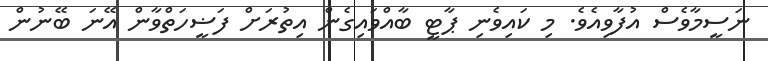
ނަސީމާވެސް އުފާވިއެވެ. މި ކައިވެނި ޕާޓީ ބާއްވައިގެން އިތުރަށް ފަޟީހަތްވާން އޭނަ ބޭނުން